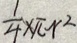
\frac { 1 } { 4 } \times \pi r ^ { 2 }